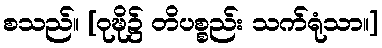
စသည်။ [ဝုဍ္ဎိ၌ တိပစ္စည်း သက်ရုံသာ။]